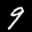
Label: 9